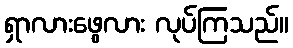
ရှာလားဖွေလား လုပ်ကြသည်။